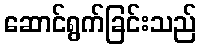
ဆောင်ရွက်ခြင်းသည်